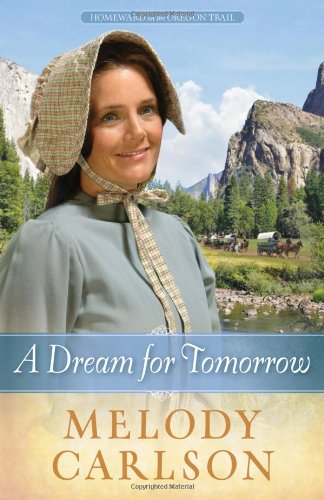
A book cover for A Dream for Tomorrow (Homeward on the Oregon Trail); Melody A. Carlson; Christian Books & Bibles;